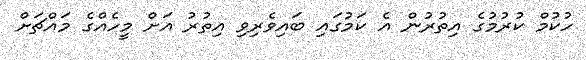
ހުކުމް ކުރުމުގެ އިތުރުން އެ ކަމުގައި ބައިވެރިވި އިތުރު އަށް މީހެއްގެ މައްޗަށް